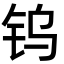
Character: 钨